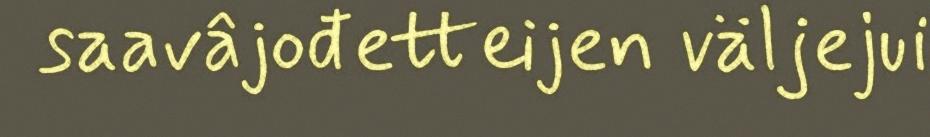
saavâjođetteijen väljejui